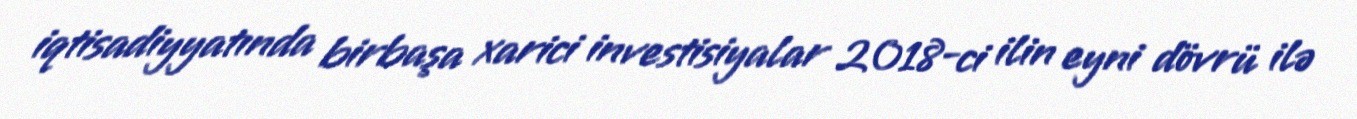
iqtisadiyyatında birbaşa xarici investisiyalar 2018-ci ilin eyni dövrü ilə